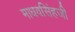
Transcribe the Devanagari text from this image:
माधवसिंहजी